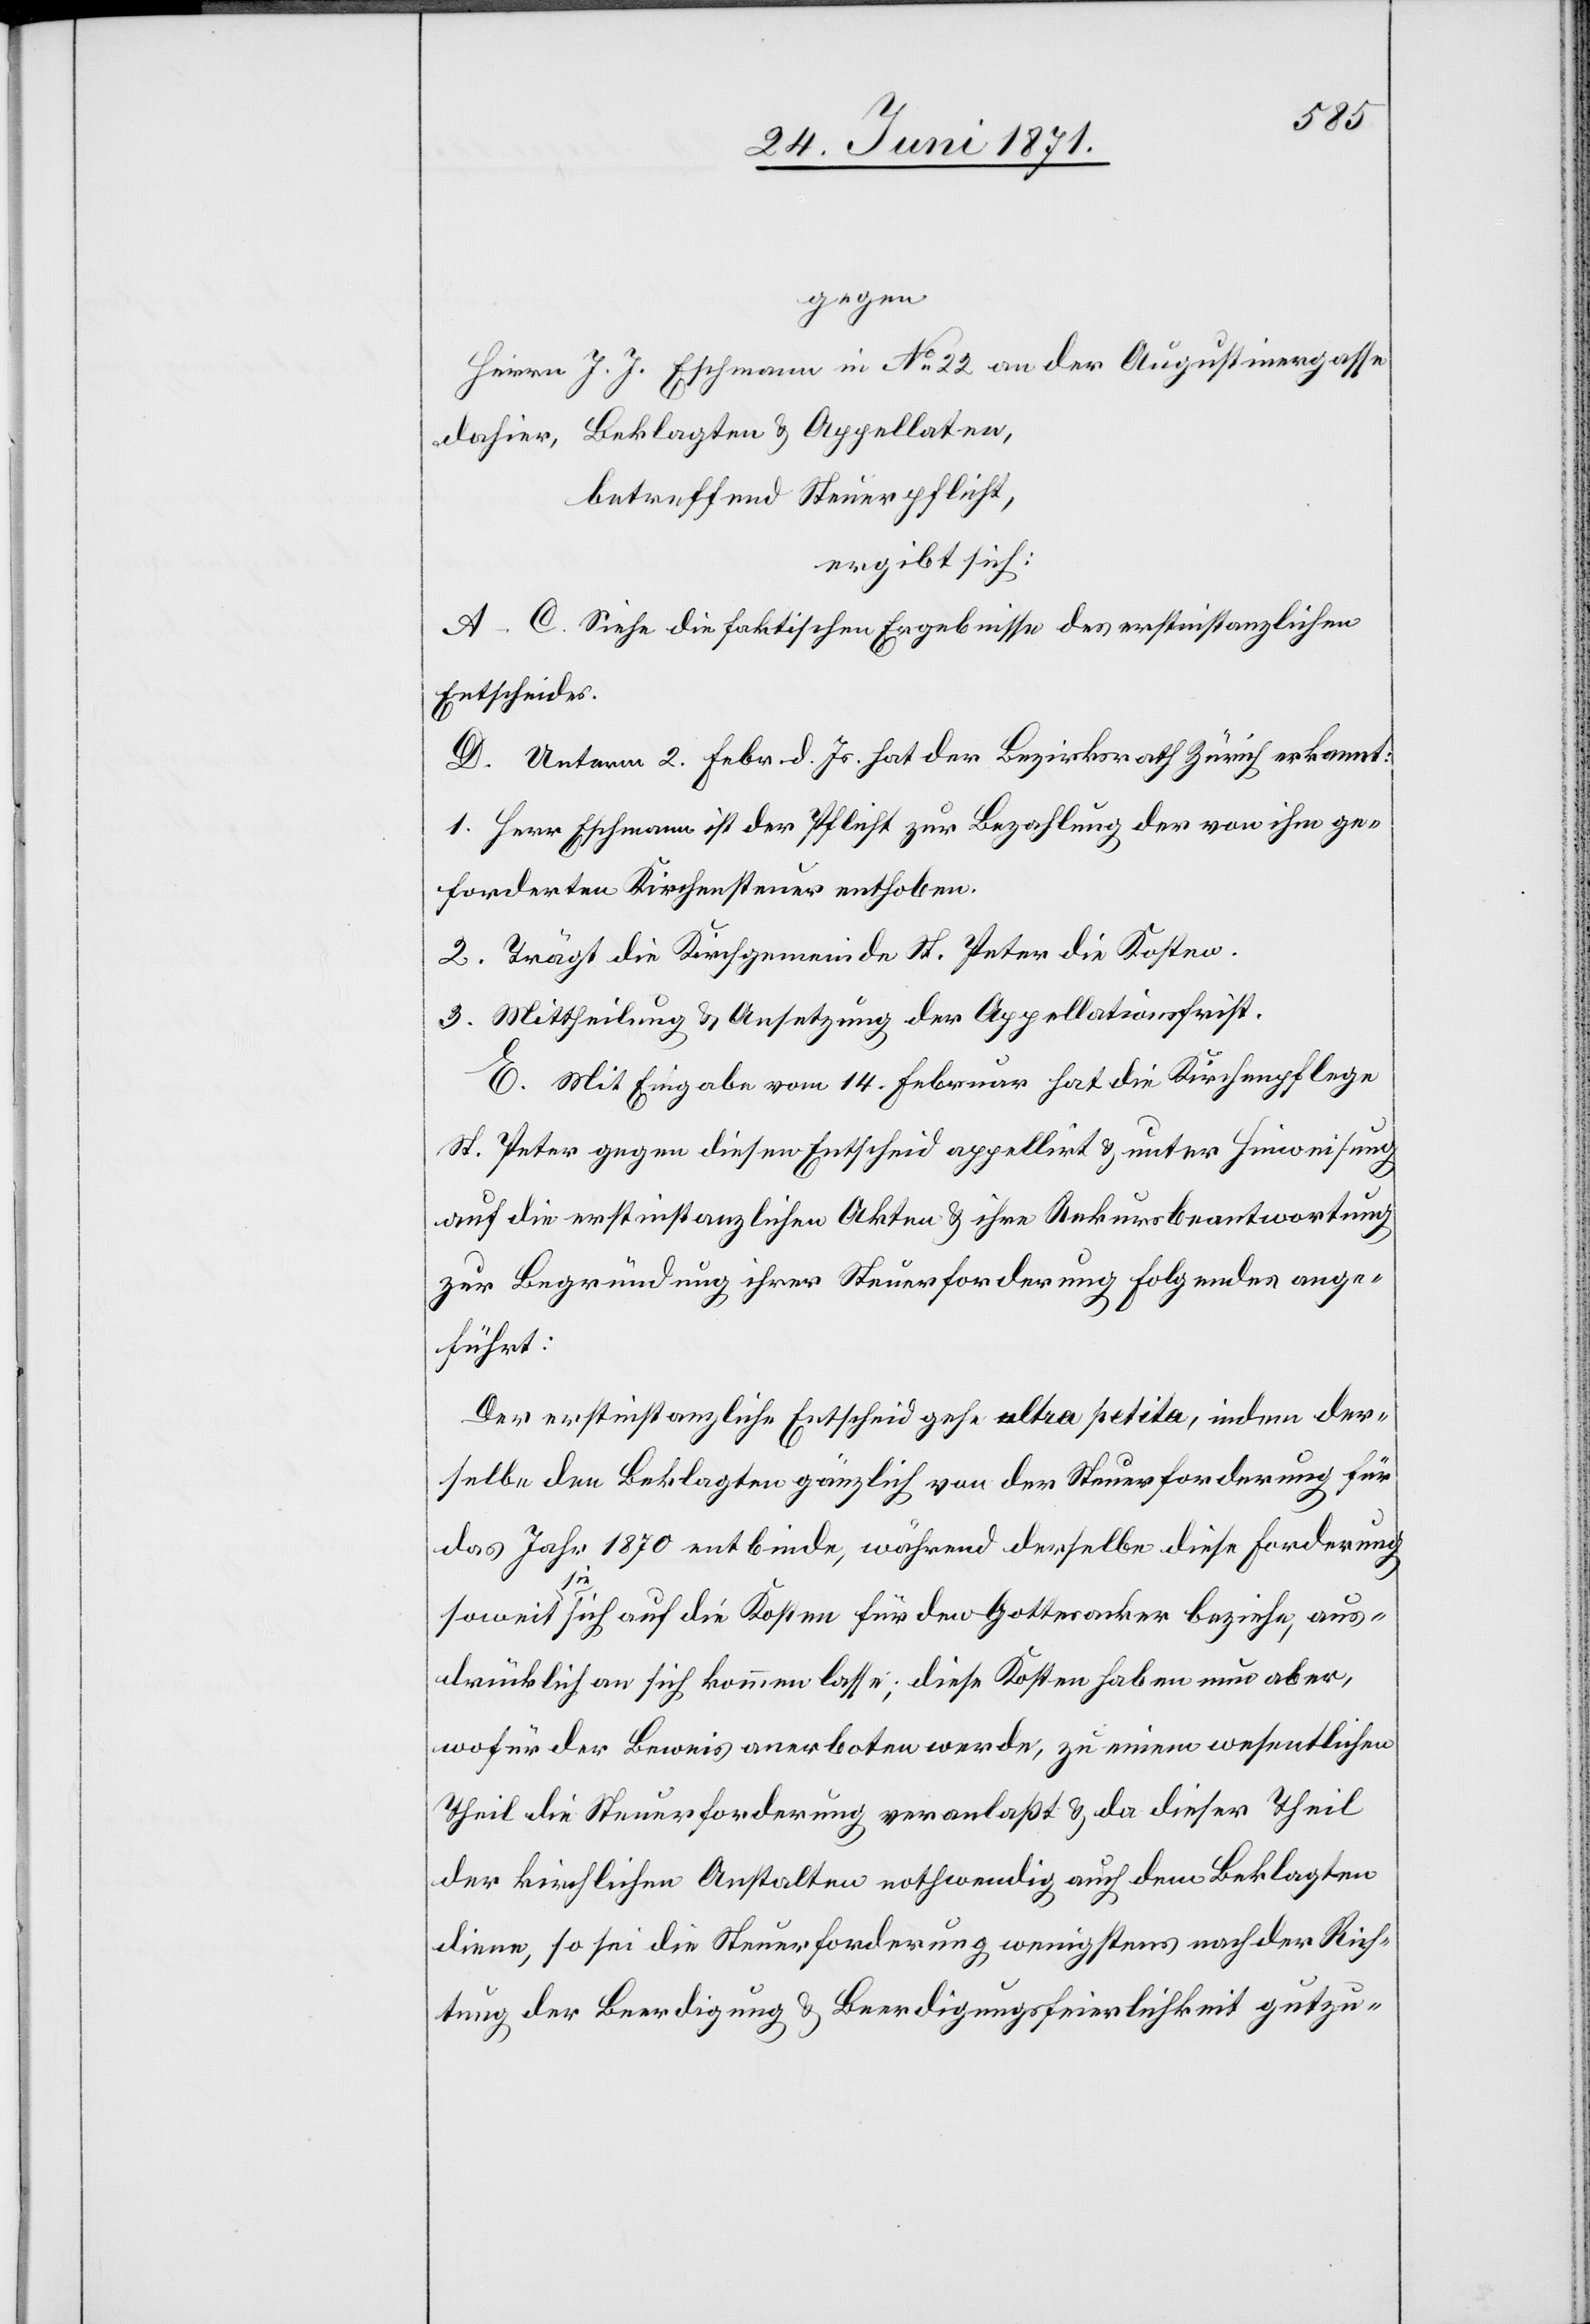
gegen
Herrn J. J. Eschmann in No. 22 an der Augustinergasse
dahier, Beklagter u. Appellaten,
betreffend Steuerpflicht,
ergibt sich:
A–C. Siehe die faktischen Ergebnisse der erstinstanzlichen
Entscheide.
D. Unterm 2. Febr. d. Js. hat der Bezirksrath Zürich erkannt:
1. Herr Eschmann ist der Pflicht zur Bezahlung der von ihm ge¬
forderten Kirchensteuer enthoben.
2. Trägt die Kirchgemeinde St. Peter die Kosten.
3. Mittheilung u. Ansetzung der Appellationsfrist.
E. Mit Eingabe vom 14. Februar hat die Kirchenpflege
St. Peter gegen diesen Entscheid appellirt u. unter Hinweisung
auf die erstinstanzlichen Akten u. ihre Rekursbeantwortung
zur Begründung ihrer Steuerforderung folgendes ange¬
führt:
Der erstinstanzliche Entscheid gehe ultra petita, indem der¬
selbe den Beklagten gänzlich von der Steuerforderung für
das Jahr 1870 entbinde, während derselbe diese Forderung
weit
sie sich auf die Kosten für den Gottesacker beziehe, aus¬
drücklich an sich kommen lasse; diese Kosten haben nun aber,
wofür der Beweis anerboten werde, zu einem wesentlichen
Theil die Steuerforderung veranlaßt u. da dieser Theil
der kirchlichen Anstalten nothwendig auch dem Beklagten
diene, so sei die Steuerforderung wenigstens nach der Rich¬
tung der Beerdigung u. Beerdigungsfeierlichkeit gutzu-